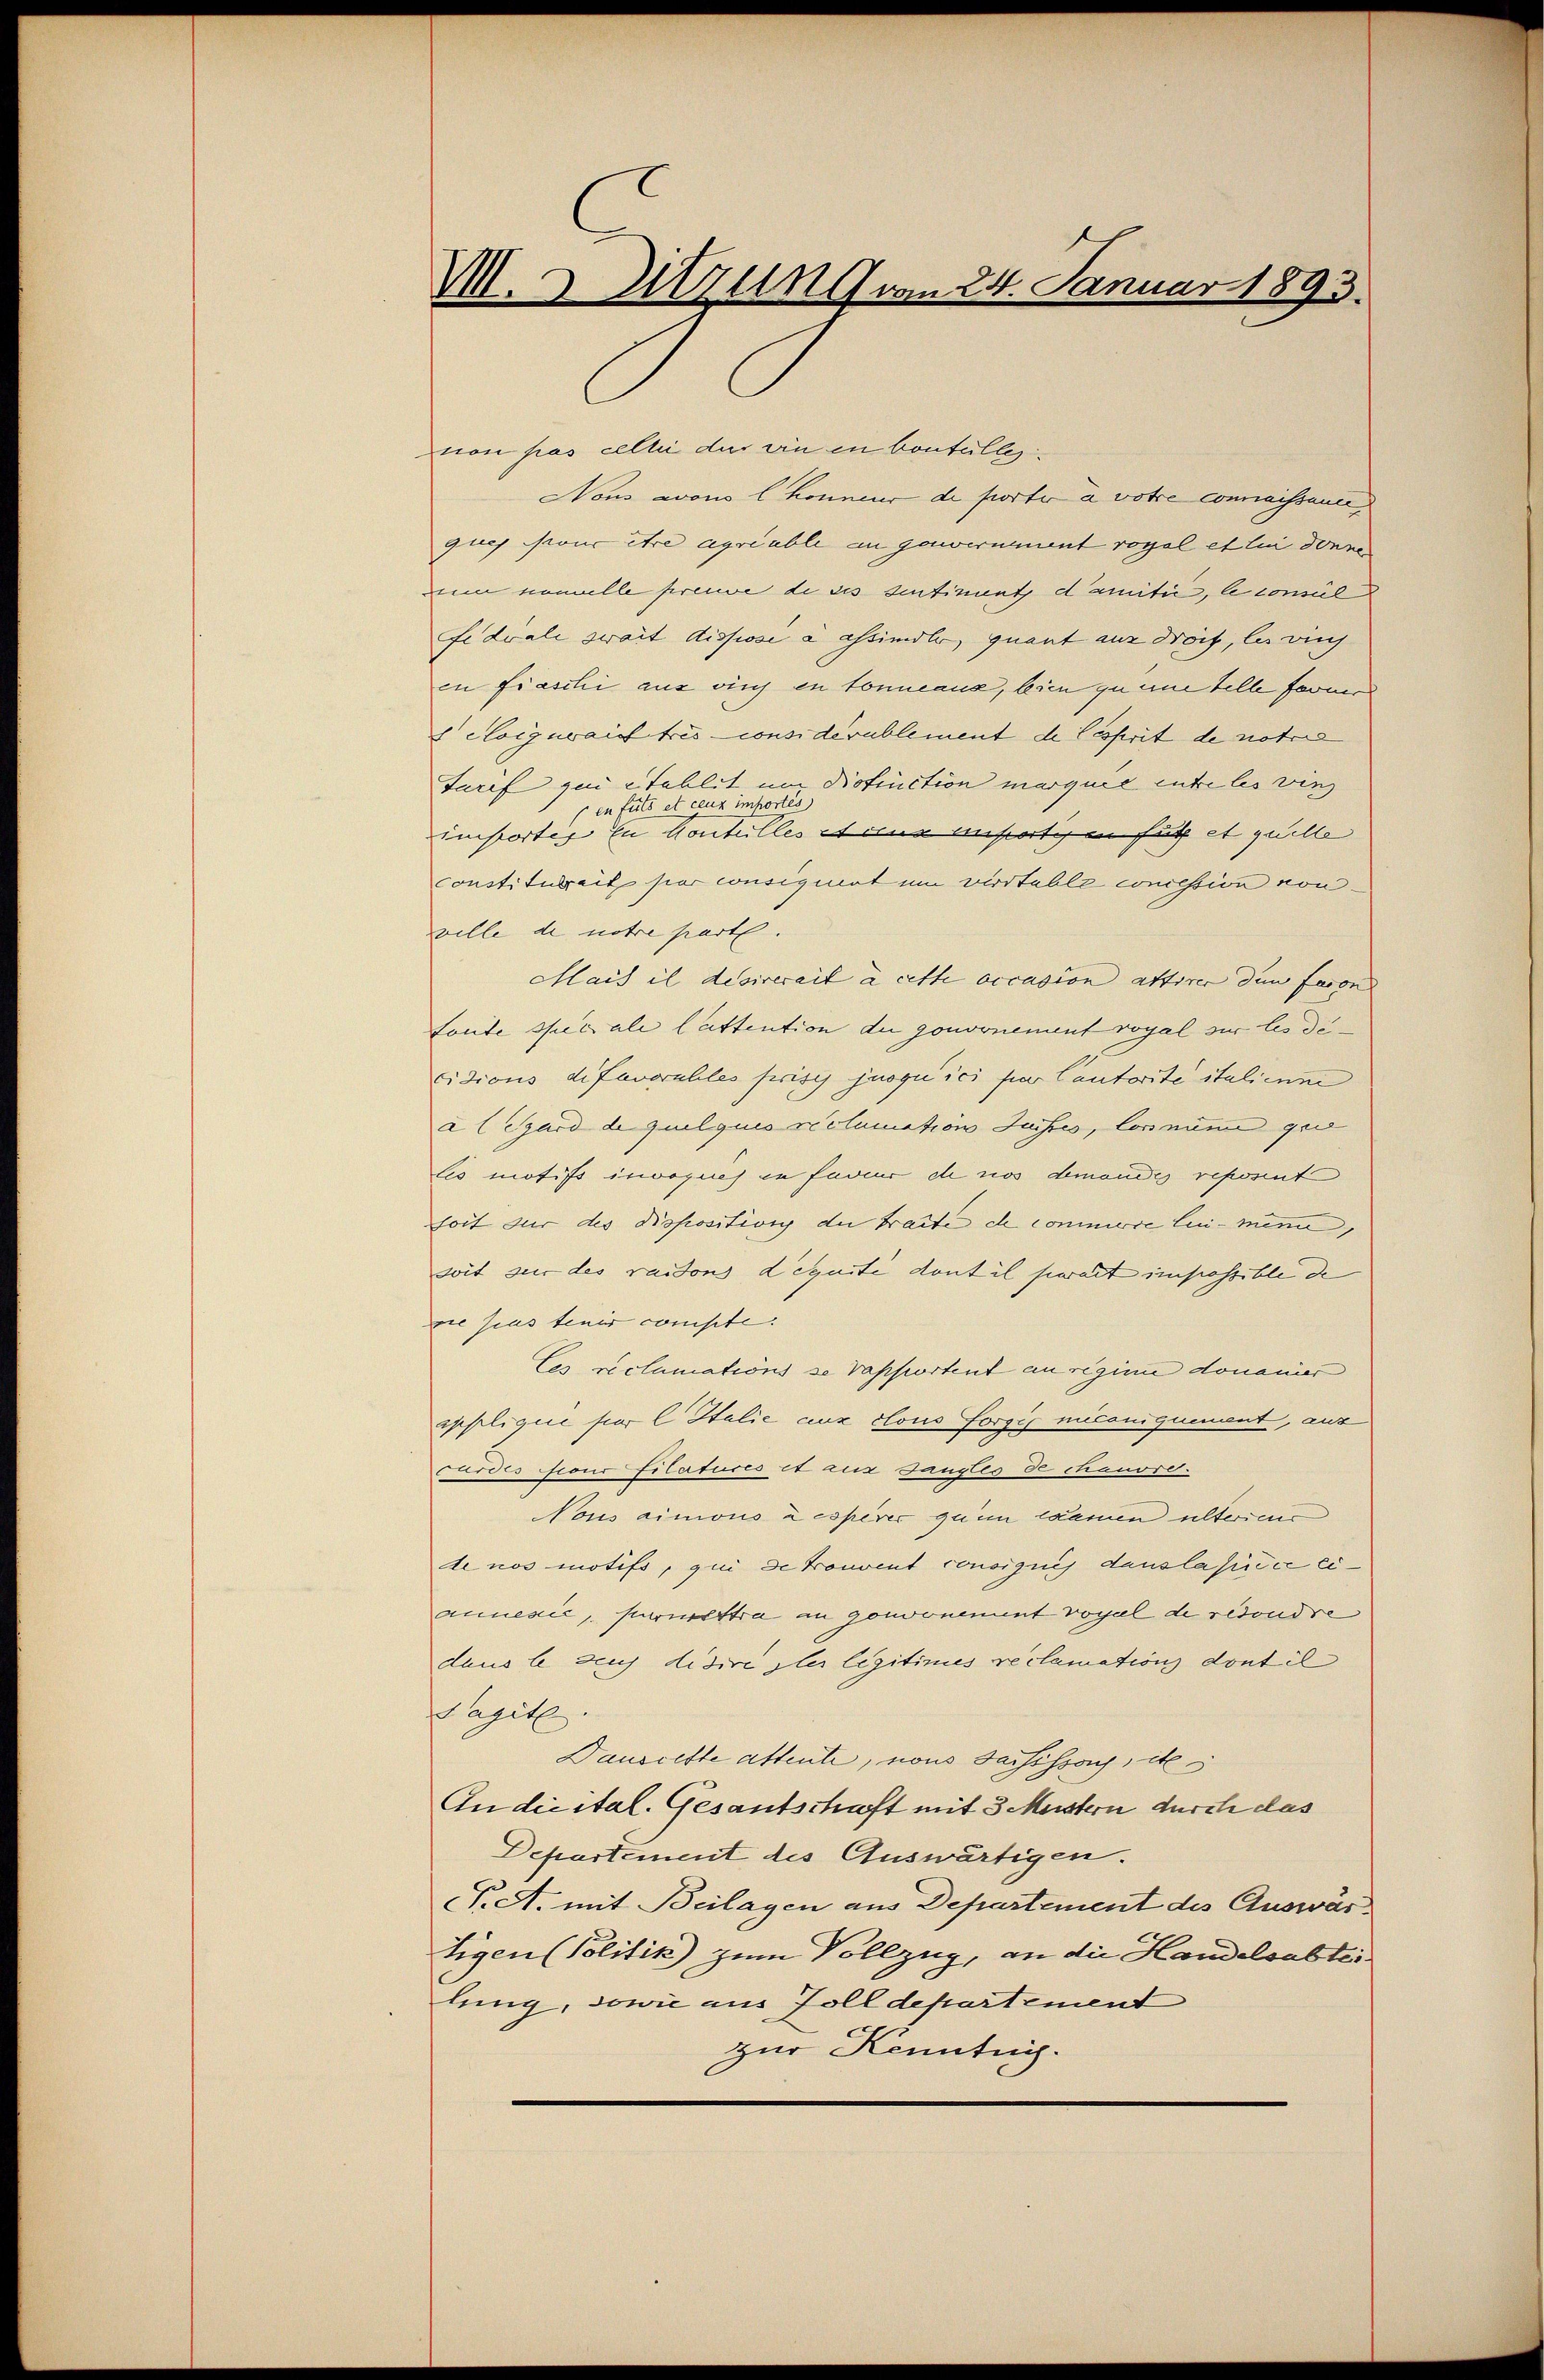
V. 3. Sitzung vom 24. Januar 1893.

von pas celli der wie in Contulles
Nons avon l Honneur de porter a votie connaissaren
ques pour être agriable an gouvernement royal et lui donne
um niemalle preuve de ses sintiment damitie, le consul
Fedrale zweit dispose a assimdler, quant aux droit, les auch
in fiaschi aus vins en tonneanz, bien quam telle forme
 éloiguraitres considérablement de lisprit de notars
Tarif qui établit und Distinction marquel entre les vin
en fuls et ceux importés
imstorter in Contulles et eux ansportig in fut et quelle
constituireit hier consigiret um wirdtable concession von
ville de notre parte.
Mais il desirerait à cette occasion attirer den feron
Fonte speciale Cattention du gouvonement voyal sur les diecidions di favorables prisch jusqu’ ici par Cautorite italienm
à l Spard de quelques reclamation Juchtes, lors nun gu
lis motist invopuch in faveur di nos demandes reposent
soit der des Disposition de traite de commisce lui-min,
soit sur des raisons d’équite dont il serart impossible de
nie sias tenir compte.
Les reclamations se rapportent au regime donauer
eppliquie for l Italie aux clous forgi niconiquement, aus
Fordes sions filatures et aus Gangles de chanord¬
Nous aimous resperes qui examen alterims
de nos motifs, zu de trouvent consiquis danslasirice ei
annesis, permettra an gewonement vogel de redondre
daus le auch disire les legitimes reclamation dont il
Sagit.
Dauscette attente, nous saisissarit
An die ital. Gesantschaft mit 3 Mustern durch das
Departement des Auswärtigen.
P. A. mit Beilagen aus Departement des Auswärtigen Politik) zum Vollzug, an die Handelsabtei
lung, sowie aus Zolldepartement
zur Kenntnis.